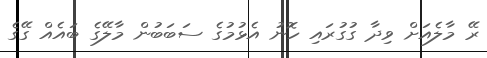
ރޭ މާލެއަށް ވިދާ ގުގުރައި ހޮނު އެޅުމުގެ ސަބަބުން މާލޭގެ ބައެއް ގޭގެ